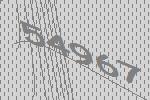
54967